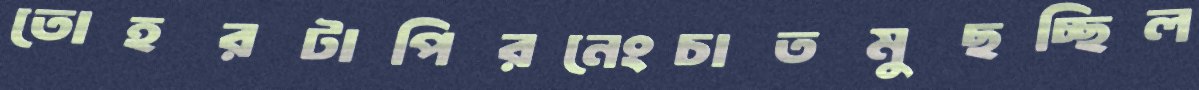
তোহরটাপিরনেংচাতমুছচ্ছিল